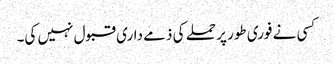
کسی نے فوری طور پر حملے کی ذمے داری قبول نہیں کی۔